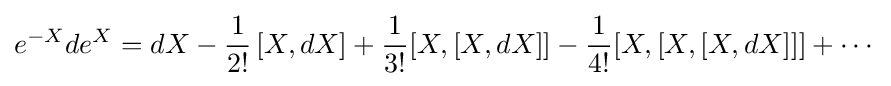
e^{-X}de^{X}=dX-{\frac {1}{2!}}\left[X,dX\right]+{\frac {1}{3!}}[X,[X,dX]]-{\frac {1}{4!}}[X,[X,[X,dX]]]+\cdots